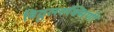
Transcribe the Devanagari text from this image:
विठ्ठलरूक्मिणी